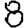
Digit: 8